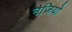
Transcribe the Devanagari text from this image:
नैजियो